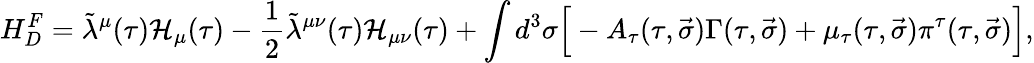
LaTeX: H_{D}^{F}=\tilde{\lambda}^{\mu}(\tau){\cal H}_{\mu}(\tau)-\frac 12\tilde{\lambda}^{\mu\nu}(\tau){\cal H}_{\mu\nu}(\tau)+\int{d^{3}\sigma\Big[-A_{\tau}(\tau,\vec{\sigma})\Gamma(\tau,\vec{\sigma})+\mu_{\tau}(\tau,\vec{\sigma})\pi^{\tau}(\tau,\vec{\sigma})\Big]},